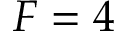
F = 4